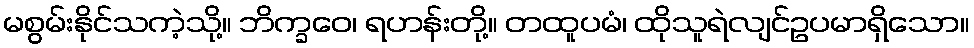
မစွမ်းနိုင်သကဲ့သို့။ ဘိက္ခဝေ၊ ရဟန်းတို့။ တထူပမံ၊ ထိုသူရဲလျင်ဥပမာရှိသော။